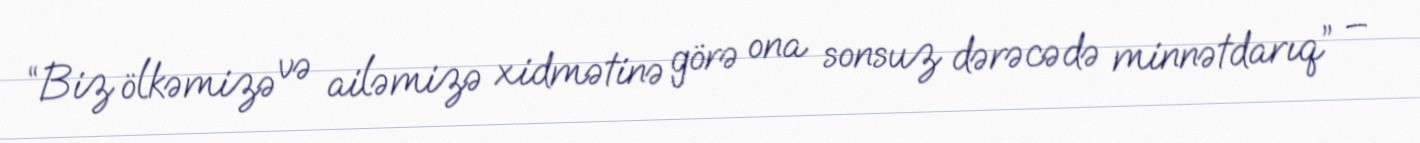
“Biz ölkəmizə və ailəmizə xidmətinə görə ona sonsuz dərəcədə minnətdarıq” –